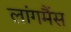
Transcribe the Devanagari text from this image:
लांगमैंस